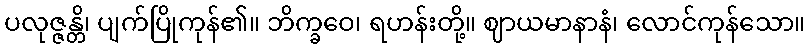
ပလုဇ္ဇန္တိ၊ ပျက်ပြိုကုန်၏။ ဘိက္ခဝေ၊ ရဟန်းတို့။ ဈာယမာနာနံ၊ လောင်ကုန်သော။